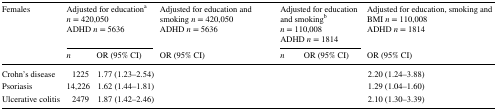
<table><thead><tr><td rowspan="2"><b>Females</b></td><td colspan="2"><b>Adjusted for education<sup>a</sup><i>n</i> = 420,050 ADHD <i>n</i> = 5636</b></td><td><b>Adjusted for education and smoking <i>n</i> = 420,050 ADHD <i>n</i> = 5636</b></td><td colspan="2"><b>Adjusted for education and smoking<sup>b</sup><i>n</i> = 110,008 ADHD <i>n</i> = 1814</b></td><td><b>Adjusted for education, smoking and BMI <i>n</i> = 110,008 ADHD <i>n</i> = 1814</b></td></tr><tr><td><b><i>n</i></b></td><td><b>OR (95% CI)</b></td><td><b>OR (95% CI)</b></td><td><b><i>n</i></b></td><td><b>OR (95% CI)</b></td><td><b>OR (95% CI)</b></td></tr></thead><tbody><tr><td>Crohn’s disease</td><td>1225</td><td>1.77 (1.23–2.54)</td><td>[EMPTY_CELL]</td><td>[EMPTY_CELL]</td><td>[EMPTY_CELL]</td><td>2.20 (1.24–3.88)</td></tr><tr><td>Psoriasis</td><td>14,226</td><td>1.62 (1.44–1.81)</td><td>[EMPTY_CELL]</td><td>[EMPTY_CELL]</td><td>[EMPTY_CELL]</td><td>1.29 (1.04–1.60)</td></tr><tr><td>Ulcerative colitis</td><td>2479</td><td>1.87 (1.42–2.46)</td><td>[EMPTY_CELL]</td><td>[EMPTY_CELL]</td><td>[EMPTY_CELL]</td><td>2.10 (1.30–3.39)</td></tr></tbody></table>